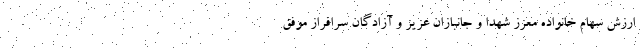
ارزش سهام خانواده معزز شهدا و جانبازان عزیز و آزادگان سرافراز موفق